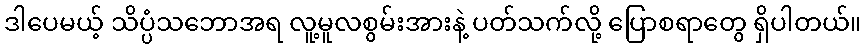
ဒါပေမယ့် သိပ္ပံသဘောအရ လူ့မူလစွမ်းအားနဲ့ ပတ်သက်လို့ ပြောစရာတွေ ရှိပါတယ်။